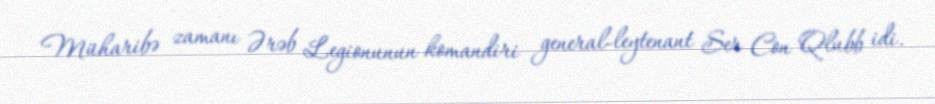
Müharibə zamanı Ərəb Legionunun komandiri general-leytenant Ser Con Qlubb idi.